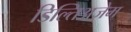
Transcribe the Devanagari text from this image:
डिल्तिअज़ेम